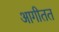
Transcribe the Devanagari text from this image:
आगीतत